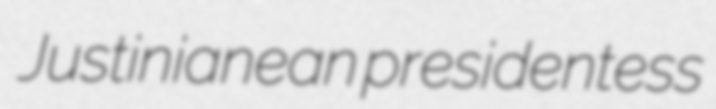
Justinianean presidentess